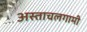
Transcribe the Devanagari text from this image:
अस्ताचलगामी